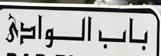
باب